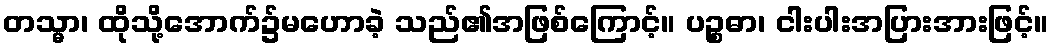
တသ္မာ၊ ထိုသို့အောက်၌မဟောခဲ့ သည်၏အဖြစ်ကြောင့်။ ပဉ္စဓာ၊ ငါးပါးအပြားအားဖြင့်။